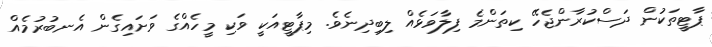
ޕާޓީތަކުން ދަސްކުރާންޖެހޭ ކިތަންމެ ފިލާވަޅެއް ލިބިދިނެވެ. މިޕާޓީއަކީ ވަކި މީހެއްގެ ވަށައިގެން އެނބުރުމެއް